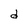
Character: d